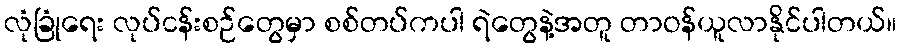
လုံခြုံရေး လုပ်ငန်းစဉ်တွေမှာ စစ်တပ်ကပါ ရဲတွေနဲ့အတူ တာဝန်ယူလာနိုင်ပါတယ်။